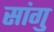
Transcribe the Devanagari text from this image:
सांगु